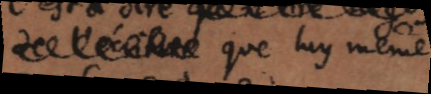
que luy même